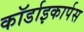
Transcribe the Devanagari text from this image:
कॉर्डाइकार्पस